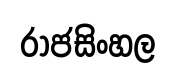
රාජසිංහල